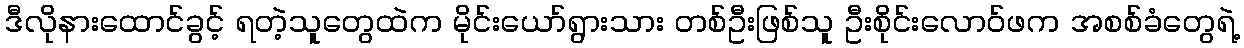
ဒီလိုနားထောင်ခွင့် ရတဲ့သူတွေထဲက မိုင်းယော်ရွားသား တစ်ဦးဖြစ်သူ ဦးစိုင်းလောဝ်ဖက အစစ်ခံတွေရဲ့